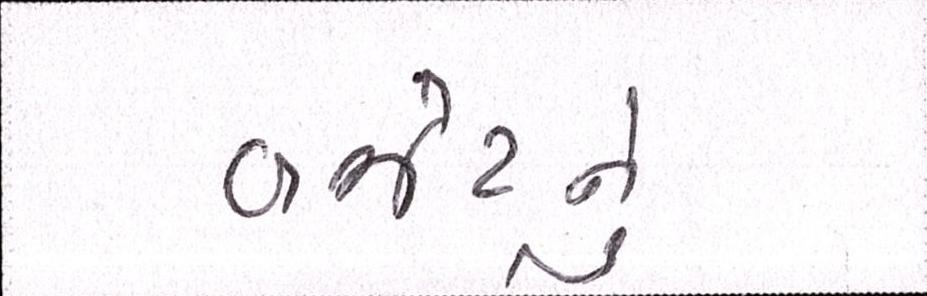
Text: બજેટનું